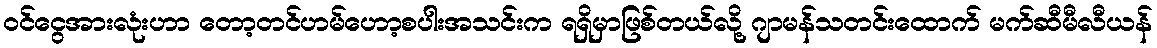
ဝင်ငွေအားလုံးဟာ တော့တင်ဟမ်ဟော့စပါးအသင်းက ရရှိမှာဖြစ်တယ်လို့ ဂျာမန်သတင်းထောက် မက်ဆီမီလီယန်